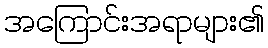
အကြောင်းအရာများ၏